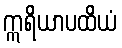
ဣရိယာပထိယံ